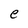
Character: e